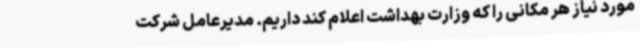
مورد نیاز هر مکانی را که وزارت بهداشت اعلام کند داریم. مدیرعامل شرکت